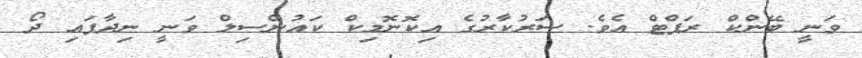
ވަނީ ބޭންކް ރަޕްޓް އެވެ. ސަރުކާރުގެ އިކޮނޮމިކް ކައުންސިލް ވަނީ ނިދާފައި ދޯ